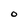
Character: O